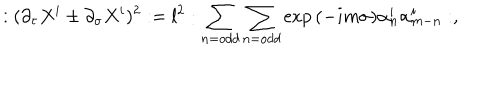
: ( \partial _ { \tau } X ^ { i } \pm \partial _ { \sigma } X ^ { i } ) ^ { 2 } : = l ^ { 2 } : \sum _ { n = o d d } \sum _ { n = o d d } \exp { ( - i m \sigma ) } \alpha _ { n } ^ { i } \alpha _ { m - n } ^ { i } : ,